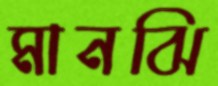
মানঝি